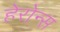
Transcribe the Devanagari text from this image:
हेरोन्स